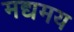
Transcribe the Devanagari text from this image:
मद्यमय